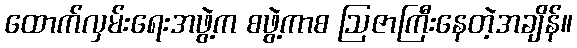
ထောက်လှမ်းရေးအဖွဲ့က စဖွဲ့ကာစ ဩဇာကြီးနေတဲ့အချိန်။